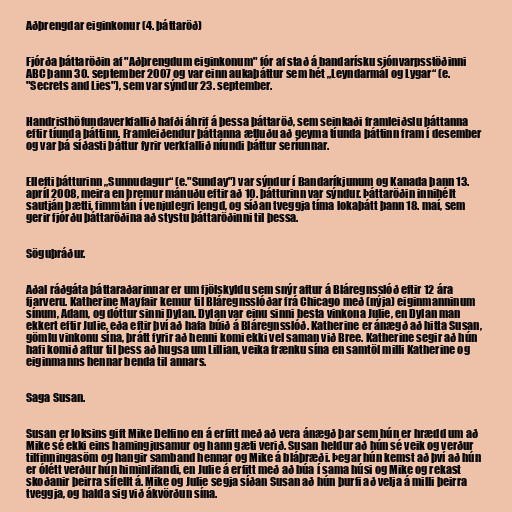
Aðþrengdar eiginkonur (4. þáttaröð)

Fjórða þáttaröðin af "Aðþrengdum eiginkonum" fór af stað á bandarísku sjónvarpsstöðinni
ABC þann 30. september 2007 og var einn aukaþáttur sem hét „Leyndarmál og Lygar“ (e.
"Secrets and Lies"), sem var sýndur 23. september.

Handristhöfundaverkfallið hafði áhrif á þessa þáttaröð, sem seinkaði framleiðslu þáttanna
eftir tíunda þáttinn. Framleiðendur þáttanna ætluðu að geyma tíunda þáttinn fram í desember
og var þá síðasti þáttur fyrir verkfallið níundi þáttur seríunnar.

Ellefti þátturinn „Sunnudagur“ (e."Sunday") var sýndur í Bandaríkjunum og Kanada þann 13.
apríl 2008, meira en þremur mánuðu eftir að 10. þátturinn var sýndur. Þáttaröðin innihélt
sautján þætti, fimmtán í venjulegri lengd, og síðan tveggja tíma lokaþátt þann 18. maí, sem
gerir fjórðu þáttaröðina að stystu þáttaröðinni til þessa.

Söguþráður.

Aðal ráðgáta þáttaraðarinnar er um fjölskyldu sem snýr aftur á Bláregnsslóð eftir 12 ára
fjarveru. Katherine Mayfair kemur til Bláregnsslóðar frá Chicago með (nýja) eiginmanninum
sínum, Adam, og dóttur sinni Dylan. Dylan var einu sinni besta vinkona Julie, en Dylan man
ekkert eftir Julie, eða eftir því að hafa búið á Bláregnsslóð. Katherine er ánægð að hitta Susan,
gömlu vinkonu sína, þrátt fyrir að henni komi ekki vel saman við Bree. Katherine segir að hún
hafi komið aftur til þess að hugsa um Lillian, veika frænku sína en samtöl milli Katherine og
eiginmanns hennar benda til annars.

Saga Susan.

Susan er loksins gift Mike Delfino en á erfitt með að vera ánægð þar sem hún er hrædd um að
Mike sé ekki eins hamingjusamur og hann gæti verið. Susan heldur að hún sé veik og verður
tilfinningasöm og hangir samband hennar og Mike á bláþræði. Þegar hún kemst að því að hún
er ólétt verður hún himinlifandi, en Julie á erfitt með að búa í sama húsi og Mike og rekast
skoðanir þeirra sífellt á. Mike og Julie segja síðan Susan að hún þurfi að velja á milli þeirra
tveggja, og halda sig við ákvörðun sína.